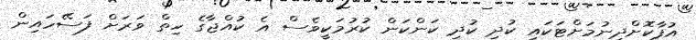
އުފާކޮށްދިނުމަށްޓަކައި ކުދި ކުދި ކަންކަން ކުރުމަކީވެސް އެ ކުއްޖާގެ ހިތް ވަރަށް ފަސޭހައިން